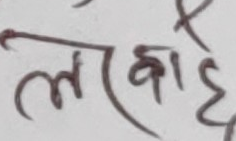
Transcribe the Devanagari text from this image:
लक्षि है